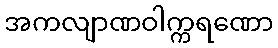
အကလျာဏဝါက္ကရဏော